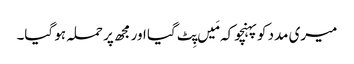
میری مدد کوپہنچو کہ مَیں پِٹ گیا اور مجھ پر حملہ ہو گیا۔